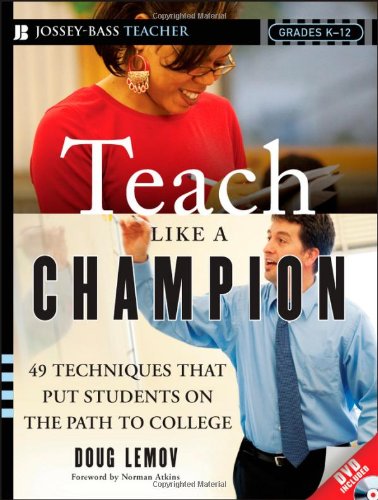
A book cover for Teach Like a Champion: 49 Techniques that Put Students on the Path to College (K-12); Doug Lemov; Education & Teaching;